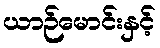
ယာဉ်မောင်းနှင့်